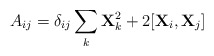
\begin{align*}A_{ij} = \delta_{ij} \sum_k {\bf X}_k^2 + 2 [ {\bf X}_i, {\bf X}_j]\end{align*}